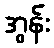
အွန်း